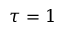
\tau = 1